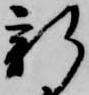
新